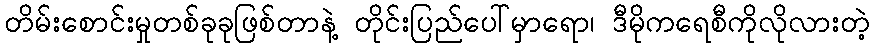
တိမ်းစောင်းမှုတစ်ခုခုဖြစ်တာနဲ့ တိုင်းပြည်ပေါ်မှာရော၊ ဒီမိုကရေစီကိုလိုလားတဲ့